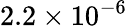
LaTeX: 2.2\times 10^{-6}